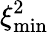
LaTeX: \xi_{\mathrm{min}}^{2}